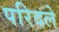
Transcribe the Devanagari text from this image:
परिदले